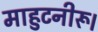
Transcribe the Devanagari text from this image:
माहुटनीरू।